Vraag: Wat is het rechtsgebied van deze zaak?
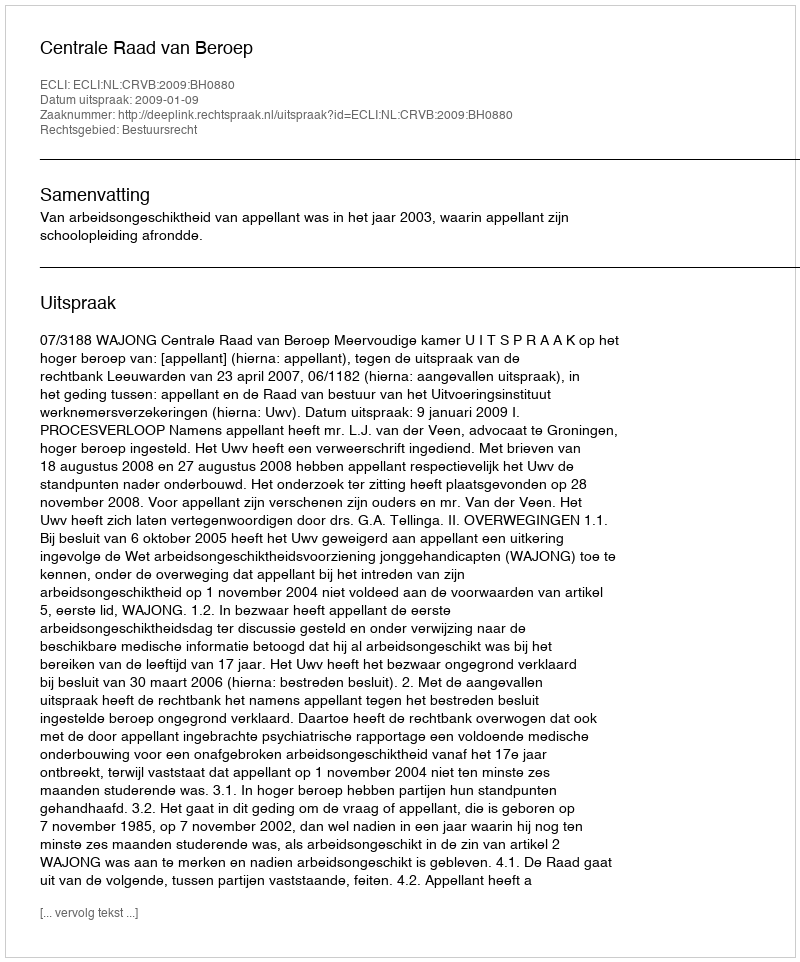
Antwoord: Bestuursrecht